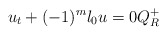
\begin{align*}u_t+(-1)^m\l_0 u=0 Q_R^+ \end{align*}